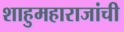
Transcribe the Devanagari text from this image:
शाहुमहाराजांची